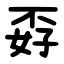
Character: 孬